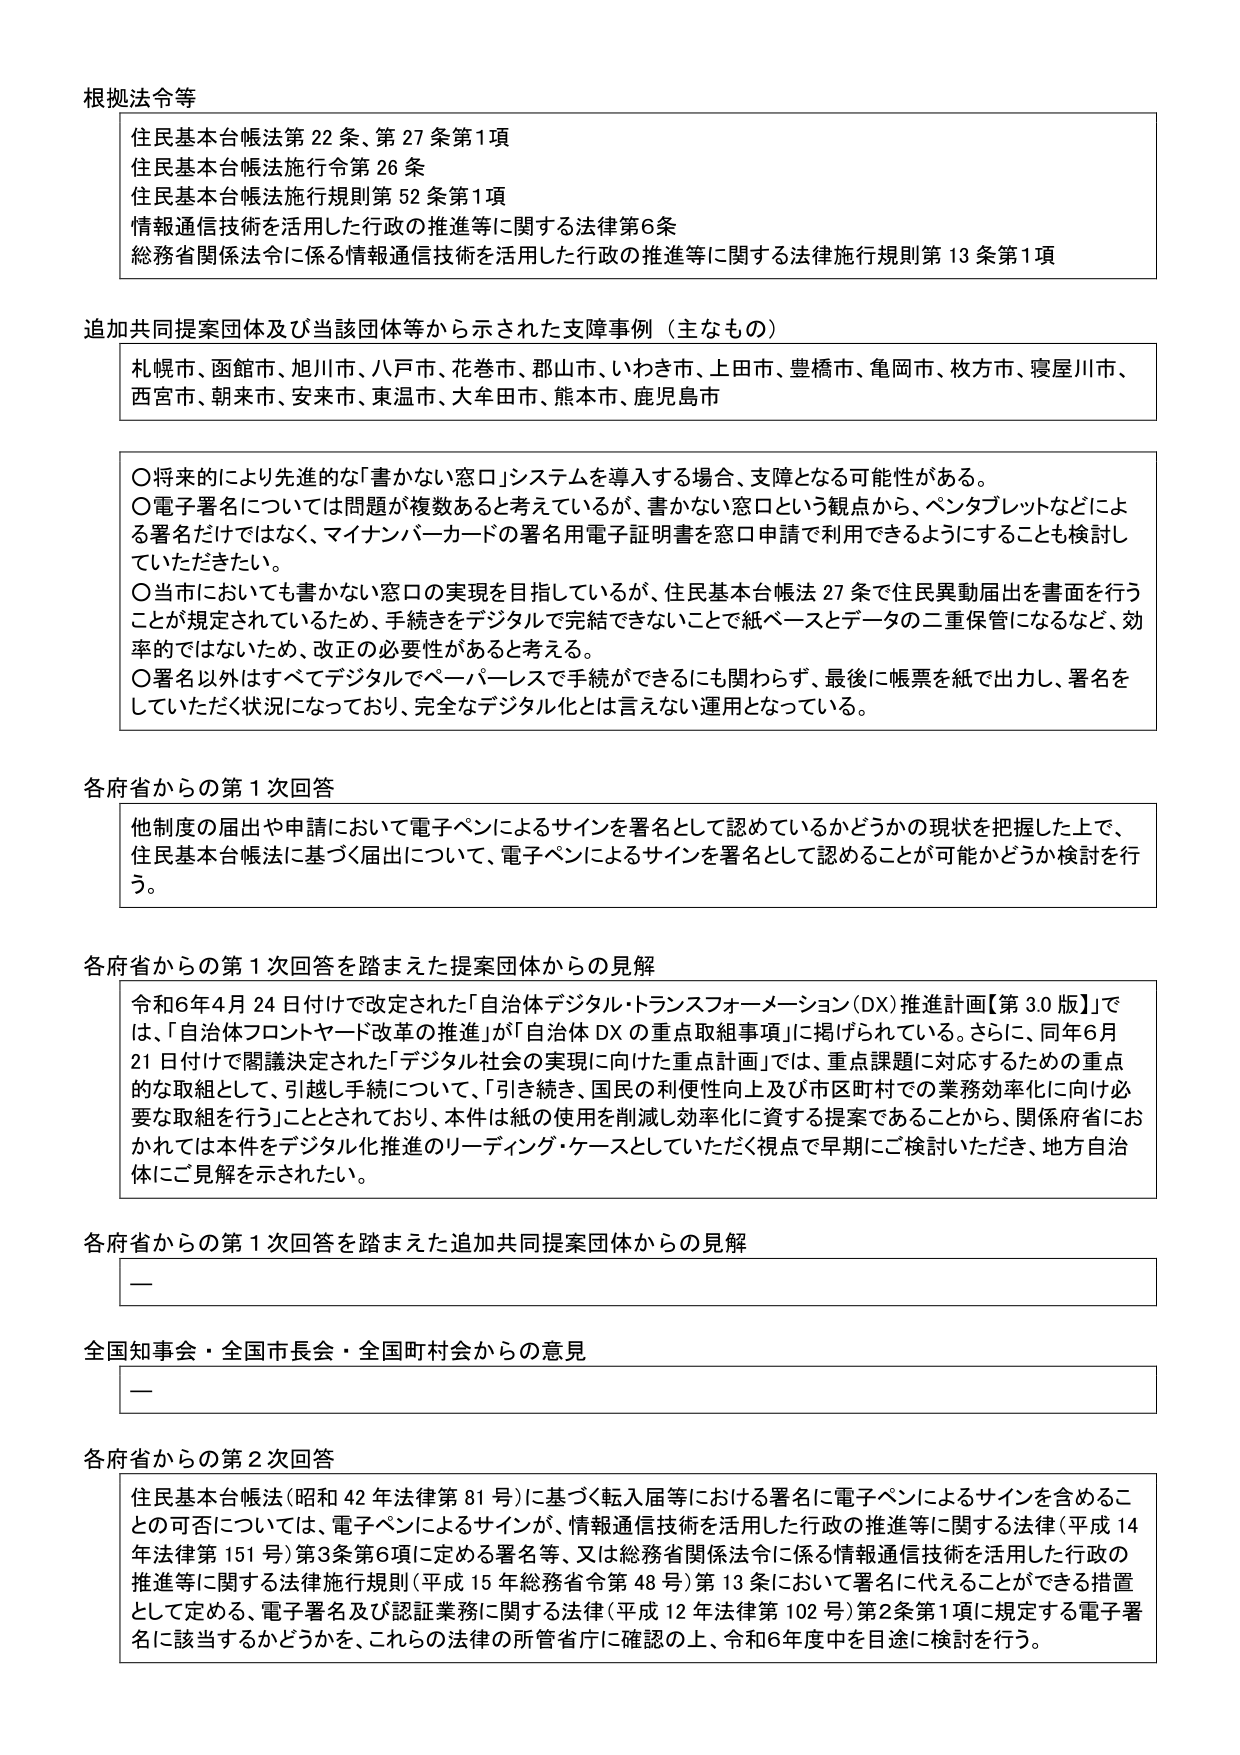
根拠法令等
住民基本台帳法第22条、第27条第1項
住民基本台帳法施行令第26条
住民基本台帳法施行規則第52条第1項
情報通信技術を活用した行政の推進等に関する法律第6条
総務省関係法令に係る情報通信技術を活用した行政の推進等に関する法律施行規則第13条第1項

追加共同提案団体及び当該団体等から示された支援事例（主なもの）
札幌市、函館市、旭川市、八戸市、花巻市、郡山市、いわき市、上田市、豊橋市、亀岡市、枚方市、寝屋川市、西宮市、朝来市、安来市、東温市、大牟田市、熊本市、鹿児島市

〇将来的により先進的な「書かない窓口」システムを導入する場合、支障となる可能性がある。
〇電子署名については問題が複数あると考えているが、書かない窓口という観点から、ペンタブレットなどによる署名だけではなく、マイナンバーカードの署名用電子証明書を窓口申請で利用できるようにすることも検討していただきたい。
〇当市においても書かない窓口の実現を目指しているが、住民基本台帳法27条で住民異動届出を書面を行うことが規定されているため、手続きをデジタルで完結できないことで紙ベースとデータの二重保管になるなど、効率的ではないため、改正の必要性があると考える。
〇署名以外はすべてデジタルでペーパーレスで手続きができるにも関わらず、最後に帳票を紙で出し、署名をしていただく状況になっており、完全なデジタル化とは言えない運用となっている。

各府省からの第1次回答
他制度の届出や申請において電子ペンによるサインを署名として認めているかどうかの現状を把握した上で、住民基本台帳法に基づく届出について、電子ペンによるサインを署名として認めることが可能かどうか検討を行う。

各府省からの第1次回答を踏まえた提案団体からの見解
令和6年4月24日付けで改定された「自治体デジタル・トランスフォーメーション（DX）推進計画【第3.0版】」では、「自治体フロントヤード改革の推進」が「自治体DXの重点取組事項」に掲げられている。さらに、同年6月21日付けで閣議決定された「デジタル社会の実現に向けた重点計画」では、重点課題に対応するための重点的な取組として、引越し手続について、「引き続き、国民の利便性向上及び市区町村での業務効率化に向け必要な取組を行う」こととされており、本件は紙の使用を削減し効率化に資する提案であることから、関係府省におかれては本件をデジタル化推進のリーディング・ケースとしていただく視点で早期にご検討いただき、地方自治体にご見解を示されたい。

各府省からの第1次回答を踏まえた追加共同提案団体からの見解
ー

全国知事会・全国市長会・全国町村会からの意見
ー

各府省からの第2次回答
住民基本台帳法（昭和42年法律第81号）に基づく転入届等における署名に電子ペンによるサインを含めることが可否については、電子ペンによるサインが、情報通信技術を活用した行政の推進等に関する法律（平成14年法律第151号）第3条第6項に定める署名等、又は総務省関係法令に係る情報通信技術を活用した行政の推進等に関する法律施行規則（平成15年総務省令第48号）第13条において署名に代えることができる措置として定める、電子署名及び認証業務に関する法律（平成12年法律第102号）第2条第1項に規定する電子署名に該当するかどうかを、これらの法律の所管省庁に確認の上、令和6年度中を目途に検討を行う。